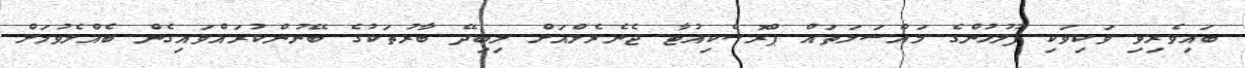
ބައިވެރިވި ވަކިވަކި ފުލުހުންގެ މައްސަލަތައް ޕްރޮސެކިއުޓާ ޖެނެރެލްއަށް ލިބިދޭ ބާރުތަކުގެ ބޭނުންކުރައްވައިގެން ބެއްލެވުމަށް